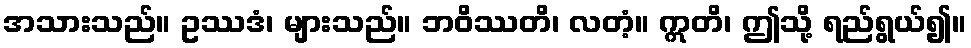
အသားသည်။ ဥဿဒံ၊ များသည်။ ဘဝိဿတိ၊ လတံ့။ ဣတိ၊ ဤသို့ ရည်ရွယ်၍။